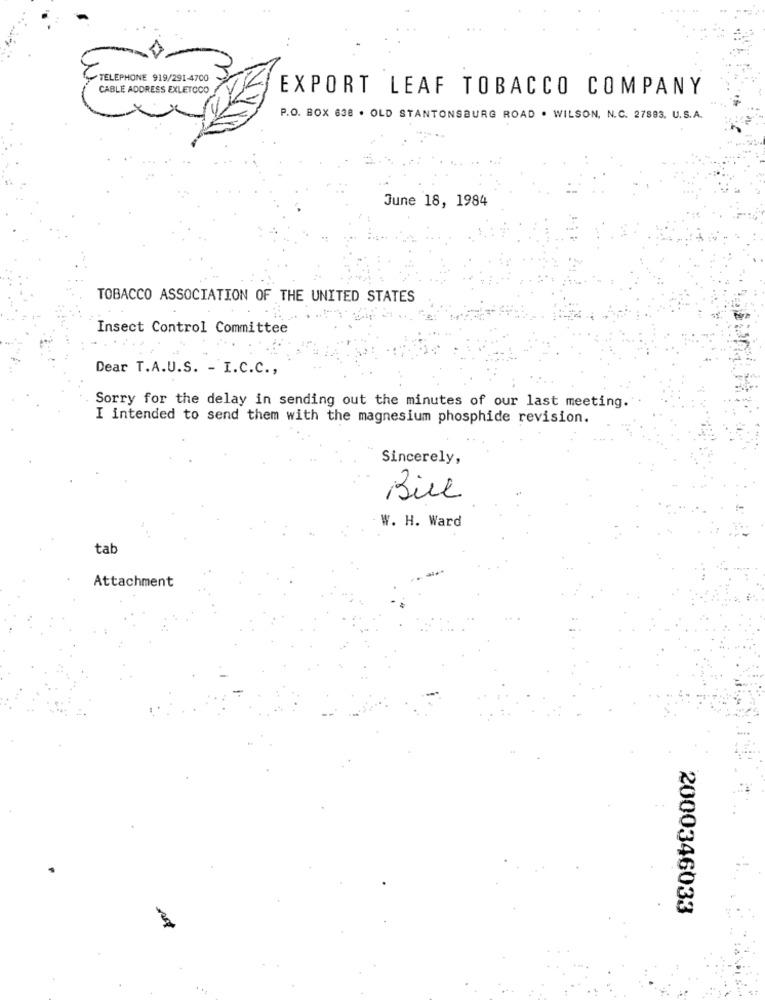
TELEPHONE 919/291-4700
CABLE ADDRESS EXLETOCO /
EXPORT LEAF TOBACCO COMPANY
P.O. BOX 638 . OLD STANTONSBURG ROAD . WILSON, N.C. 27893. U.S.A.
June 18, 1984
TOBACCO ASSOCIATION OF THE UNITED STATES
Insect Control Committee
Dear T.A.U.S. - I.C.C .,
Sorry for the delay in sending out the minutes of our last meeting.
I intended to send them with the magnesium phosphide revision.
Sincerely,
Bill
W. H. Ward
tab
Attachment
2000346033